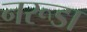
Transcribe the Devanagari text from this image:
नरूडा